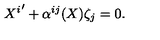
{ X ^ { i } } ^ { \prime } + \alpha ^ { i j } ( X ) \zeta _ { j } = 0 .